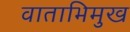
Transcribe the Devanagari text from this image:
वाताभिमुख